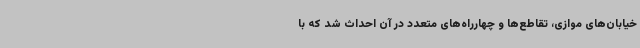
خیابان‌های موازی، تقاطع‌ها و چهارراه‌های متعدد در آن احداث شد که با